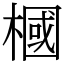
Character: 槶